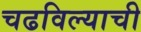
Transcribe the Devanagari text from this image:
चढविल्याची